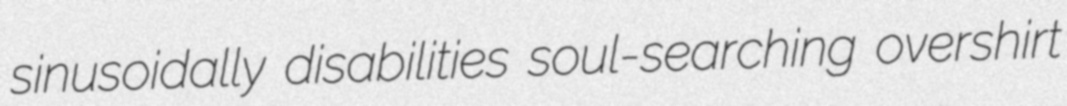
sinusoidally disabilities soul-searching overshirt